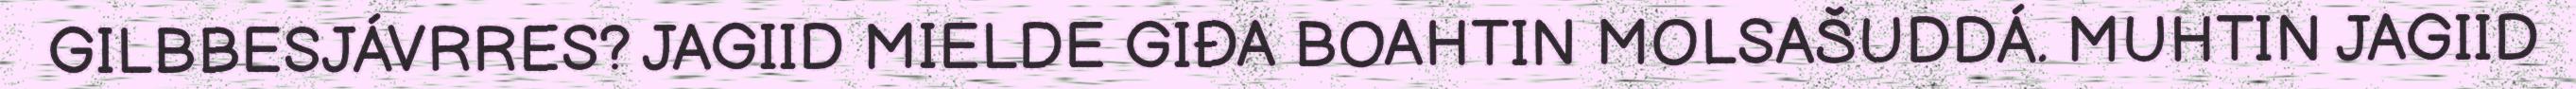
GILBBESJÁVRRES? JAGIID MIELDE GIĐA BOAHTIN MOLSAŠUDDÁ. MUHTIN JAGIID